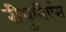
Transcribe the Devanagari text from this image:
रीयुनिएंस